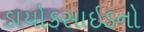
ડાયોકસાઇડનો